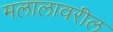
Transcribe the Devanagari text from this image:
मलालावरील